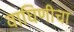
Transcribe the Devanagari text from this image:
वाघिणीचा